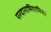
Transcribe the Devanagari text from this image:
परदाराभिगामिनः।